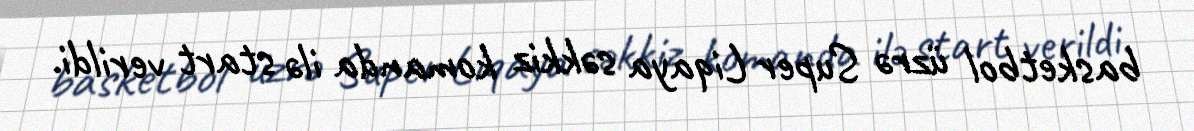
basketbol üzrə Super Liqaya səkkiz komanda ilə start verildi.